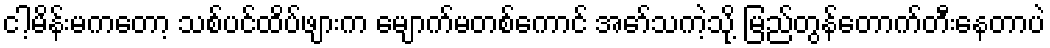
ငါ့မိန်းမကတော့ သစ်ပင်ထိပ်ဖျားက မျောက်မတစ်ကောင် အော်သကဲ့သို့ မြည်တွန်တောက်တီးနေတာပဲ